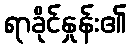
ရာခိုင်နှုန်း၏